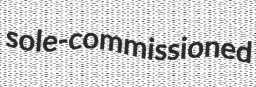
sole-commissioned